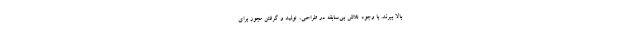
بالا ببرند. با وجود تلاش بی‌سابقه در طراحی، تولید و گرفتن مجوز برای